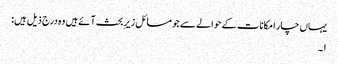
یہاں چار امکانات کے حوالے سے جو مسائل زیرِ بحث آئے ہیں وہ درج ذیل ہیں:
۱۔